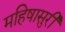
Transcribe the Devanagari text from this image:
महिषासुरी